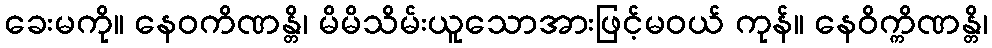
ခေးမကို။ နေဝကိဏန္တိ၊ မိမိသိမ်းယူသောအားဖြင့်မဝယ် ကုန်။ နေဝိက္ကိဏန္တိ၊